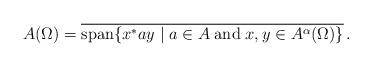
LaTeX: \begin{align*} A(\Omega) = \overline{\mathrm{span}\{x^*ay \mid a \in A \; \mathrm{and} \; x,y \in A^{\alpha}(\Omega) \} } \, .\end{align*}